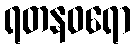
ရတနဝရော